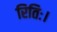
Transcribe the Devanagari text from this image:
रितिः।